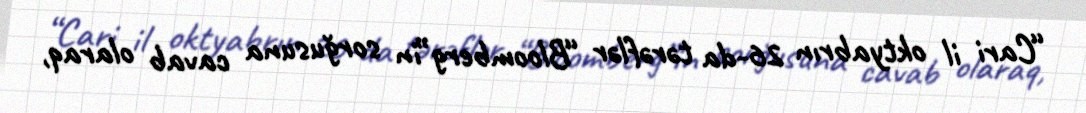
“Cari il oktyabrın 26-da tərəflər “Bloomberg”in sorğusuna cavab olaraq,